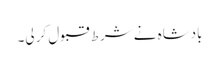
بادشاہ نے شرط قبول کر لی۔